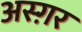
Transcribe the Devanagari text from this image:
अस्ग़र